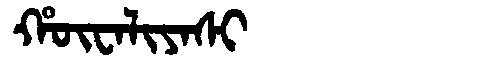
Manchu: ᡥᡡᠸᠠᠯᡳᠶᠠᠰᡳ
Romanization: HŪWALIYASI